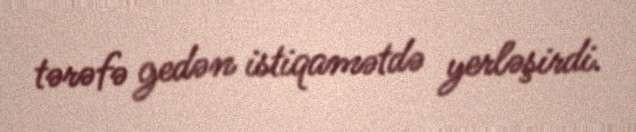
tərəfə gedən istiqamətdə yerləşirdi.